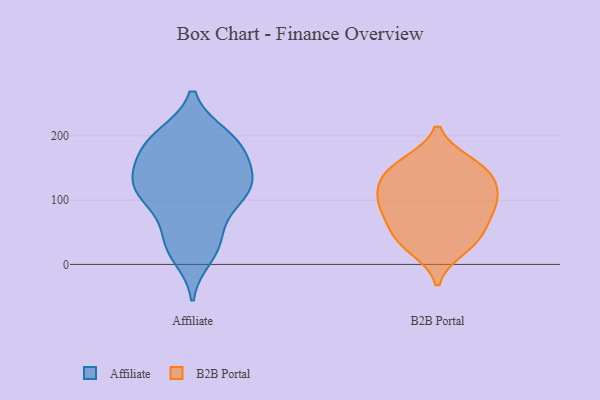
{"axis": {"x": "Active Users", "y": "Value"}, "legend": ["Affiliate", "B2B Portal"], "data": [{"x": "", "y": 32, "type": "Affiliate"}, {"x": "", "y": 196, "type": "Affiliate"}, {"x": "", "y": 199, "type": "Affiliate"}, {"x": "", "y": 115, "type": "Affiliate"}, {"x": "", "y": 134, "type": "Affiliate"}, {"x": "", "y": 37, "type": "Affiliate"}, {"x": "", "y": 127, "type": "Affiliate"}, {"x": "", "y": 13, "type": "Affiliate"}, {"x": "", "y": 173, "type": "Affiliate"}, {"x": "", "y": 114, "type": "Affiliate"}, {"x": "", "y": 86, "type": "Affiliate"}, {"x": "", "y": 138, "type": "Affiliate"}, {"x": "", "y": 200, "type": "Affiliate"}, {"x": "", "y": 34, "type": "Affiliate"}, {"x": "", "y": 191, "type": "Affiliate"}, {"x": "", "y": 114, "type": "Affiliate"}, {"x": "", "y": 174, "type": "Affiliate"}, {"x": "", "y": 163, "type": "Affiliate"}, {"x": "", "y": 124, "type": "Affiliate"}, {"x": "", "y": 93, "type": "Affiliate"}, {"x": "", "y": 158, "type": "B2B Portal"}, {"x": "", "y": 83, "type": "B2B Portal"}, {"x": "", "y": 156, "type": "B2B Portal"}, {"x": "", "y": 24, "type": "B2B Portal"}, {"x": "", "y": 146, "type": "B2B Portal"}, {"x": "", "y": 118, "type": "B2B Portal"}, {"x": "", "y": 101, "type": "B2B Portal"}, {"x": "", "y": 119, "type": "B2B Portal"}, {"x": "", "y": 135, "type": "B2B Portal"}, {"x": "", "y": 34, "type": "B2B Portal"}, {"x": "", "y": 44, "type": "B2B Portal"}, {"x": "", "y": 83, "type": "B2B Portal"}, {"x": "", "y": 53, "type": "B2B Portal"}, {"x": "", "y": 89, "type": "B2B Portal"}]}